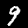
Digit: 9